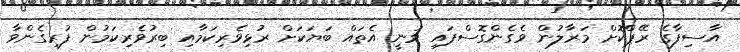
އާސިފާގެ ރޭޕްކޮށް މަރާލުން ވެގެންގޮސްފައި ވަނީ އެތައް ބަޔަކަށް ރުޅިވެރިކަމާއި ބިރުވެރިކަމުން ފުރިގެންވާ